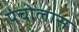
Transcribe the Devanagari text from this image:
पंचोलास